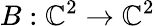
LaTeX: B:\mathbb{C}^{2}\to\mathbb{C}^{2}